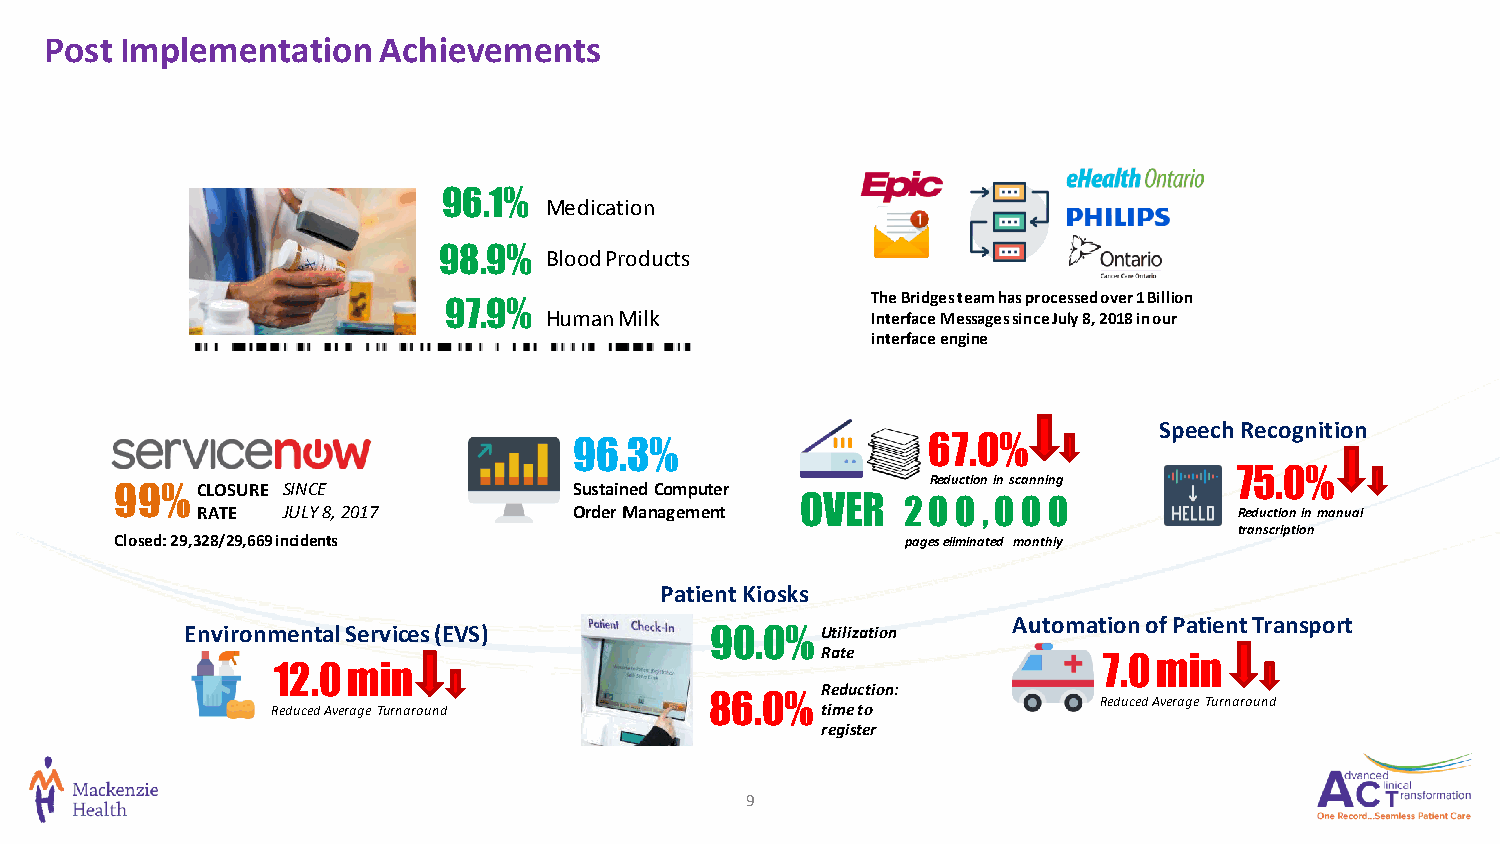
Post Implementation   Achievements
 96.1%
 Medication
 98.9%
 Blood Products
 97.9%                        The Bridges team has processed over 1 Billion
 Human Milk            Interface Messages since July 8, 2018 in our
 interface engine
 Speech Recognition
 96.3%                  67.0%
 75.0%
 99%  CLOSURE SINCE            Sustained Computer      Reduction in scanning
 OVER   20 0 ,0 0 0
 RATE  JULY 8, 2017       Order Management                            Reduction in manual
 transcription
 Closed: 29,328/29,669 incidents                     pages eliminated monthly
 Patient Kiosks
 Automation of Patient Transport
 Environmental Services (EVS)       90.0%  Utilization
 Rate               7.0 min
 12.0 min
 86.0%  Reduction:
 Reduced Average Turnaround
 Reduced Average Turnaround          time to
 register
 9